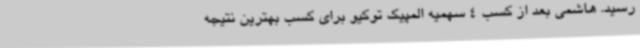
رسید. هاشمی بعد از کسب 4 سهمیه المپیک توکیو برای کسب بهترین نتیجه